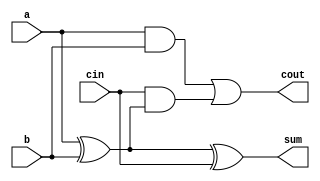
module full_adder(
    input wire a,           // First input bit
    input wire b,           // Second input bit
    input wire cin,         // Carry input
    output wire sum,        // Sum output
    output wire cout        // Carry output
);
    assign sum = a ^ b ^ cin;  // Sum calculation
    assign cout = (a & b) | (cin & (a ^ b)); // Carry calculation
endmodule